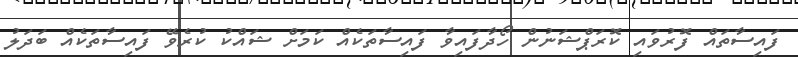
ފައިސާތައް ފޮރުވައި ކޮރަޕްޝަނުން ހޯދާފައިވާ ފައިސާތަކެއް ކަމަށް ޝައްކު ކުރެވޭ ފައިސާތަކެއް ބަދަލު